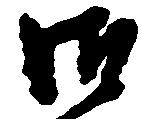
御